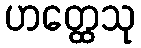
ဟတ္ထေသု